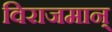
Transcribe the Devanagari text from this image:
विराजमान्